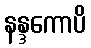
နန္ဒကောပိ